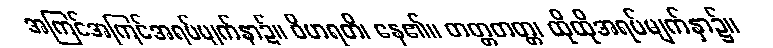
အကြင်အကြင်အရပ်မျက်နှာ၌။ ဝိဟရတိ၊ နေ၏။ တတ္တတတ္တ၊ ထိုထိုအရပ်မျက်နှာ၌။